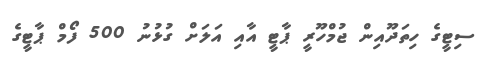
ސިޓީގެ ހިތަދޫއިން ޖުމްހޫރީ ޕާޓީ އާއި އަލަށް ގުޅުނު 500 ފޯމް ޕާޓީގެ